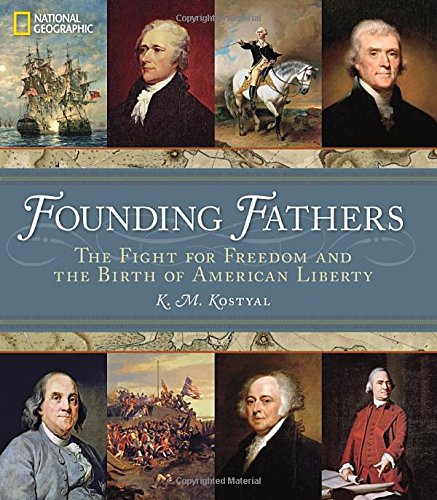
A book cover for Founding Fathers: The Fight for Freedom and the Birth of American Liberty; K. M. Kostyal; History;